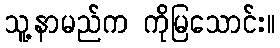
သူ့နာမည်က ကိုမြသောင်း။